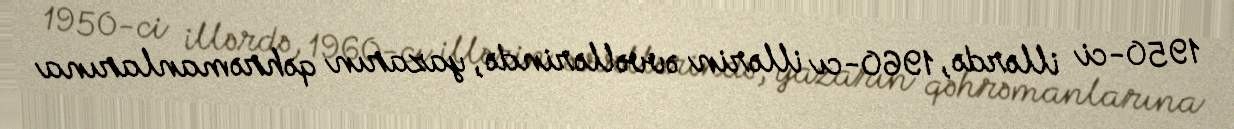
1950-ci illərdə, 1960-cı illərin əvvəllərində, yazarın qəhrəmanlarına